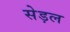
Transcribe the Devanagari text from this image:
सेड़ल